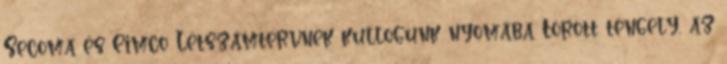
Secoma és Eimco Létszámtervnek kullogunk nyomába Törött tengely, az